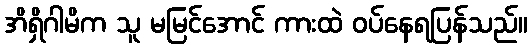
အိရှိဂါမိက သူ မမြင်အောင် ကားထဲ ဝပ်နေရပြန်သည်။